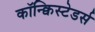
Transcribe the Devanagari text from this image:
कॉन्क्विस्टेडर्स